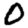
Digit: 0